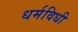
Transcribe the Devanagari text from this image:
धर्मविधी